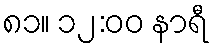
၈၁။ ၁၂:၀၀ နာရီ